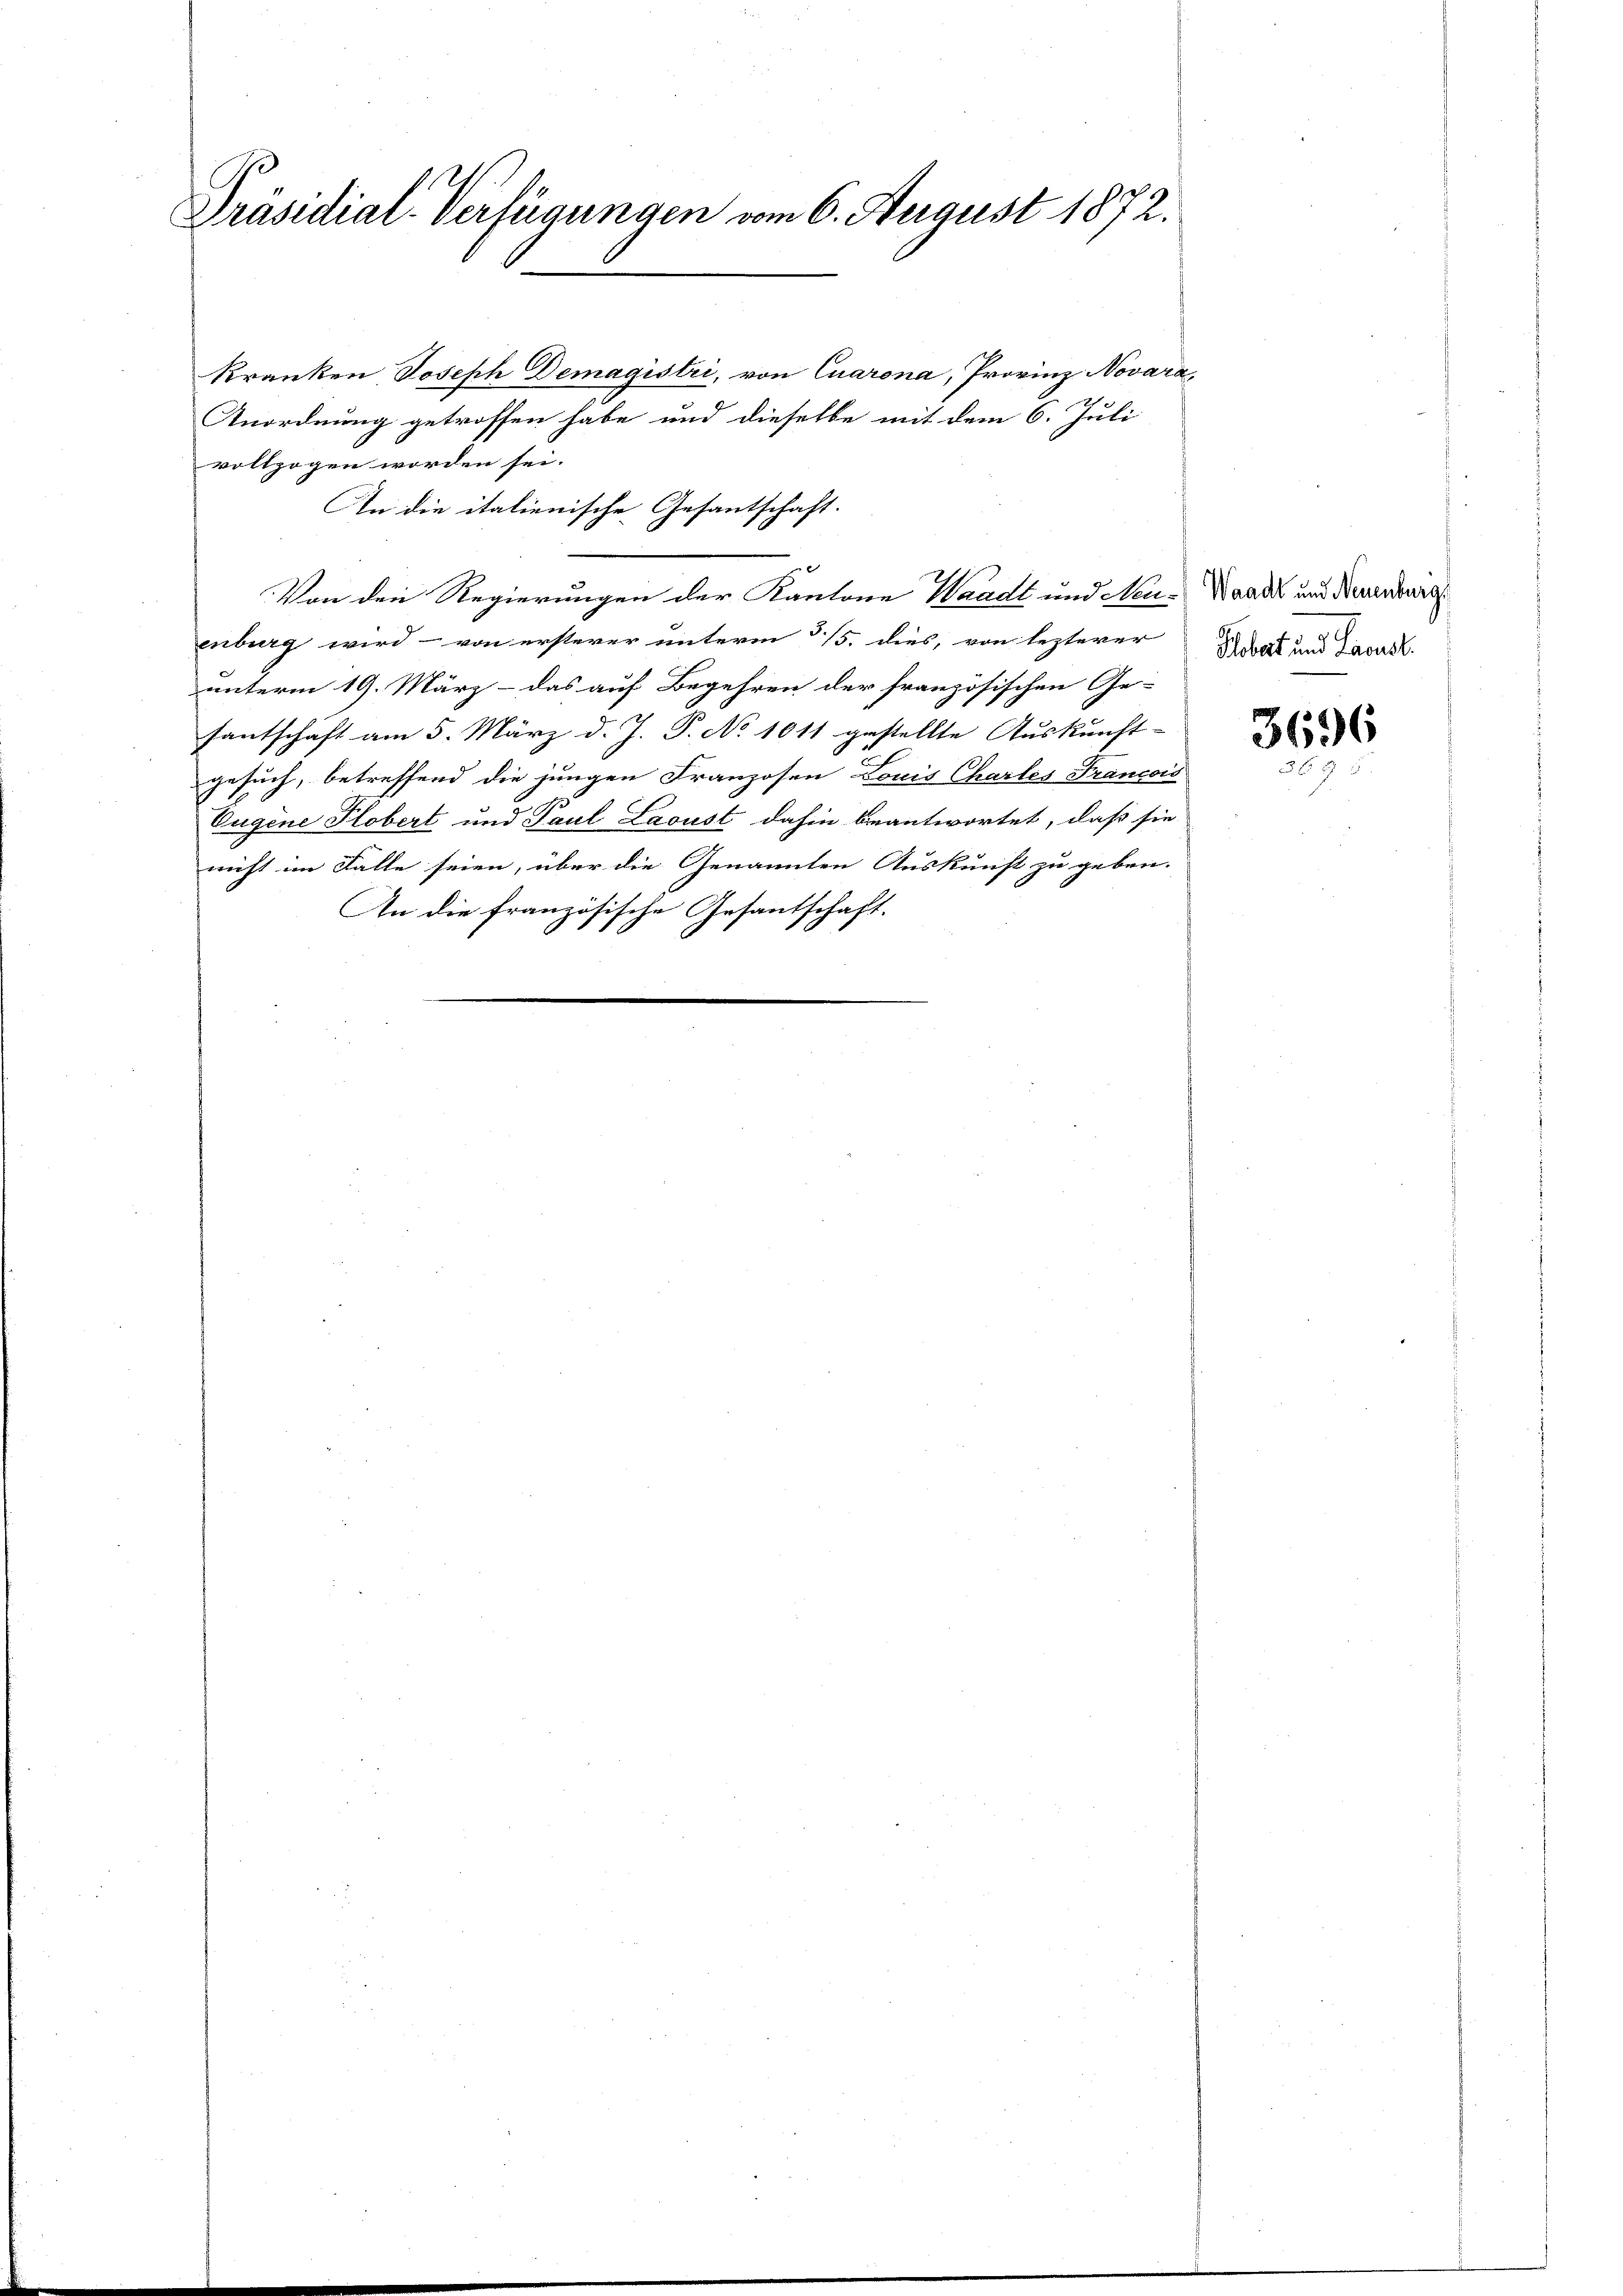
Präsidial-Verfügungen vom 6. August 1872.

kranken Joseph Demagistri, von Cuarona, Provinz Novara,
Anordnung getroffen habe und dieselbe mit dem 6. Juli
vollzogen worden sei.
An die italienische Gesantschaft.
enburg wird – von ersterer unterm 15. dies, von lezterer
unterm 19. März – das auf Begehren der französischen Gefantschaft am 5. März d. J. P. No 1011 gestellte Auskunft-
gesuch, betreffend die jungen Franzosen Louis Chartes Francois
Eugene Plobert und Paul Laoust dahin beantwortet, daß sie
nicht im Falle seien, über die Genannten Auskunft zu geben.
An die französische Gesantschaft.
16
1

Von den Regierungen der Kantone Waadt und Neu-Waadt und Neuenbur

Gobat und Lavast.

3696